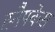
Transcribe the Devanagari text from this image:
स्नैपकेस